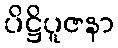
ပိဋ္ဌိပူဇနာ